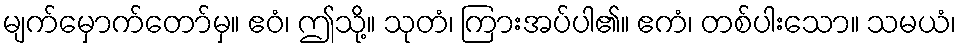
မျက်မှောက်တော်မှ။ ဧဝံ၊ ဤသို့။ သုတံ၊ ကြားအပ်ပါ၏။ ဧကံ၊ တစ်ပါးသော။ သမယံ၊